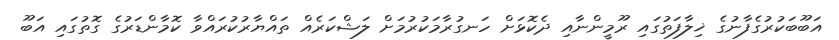
އަބޫބަކުރުގެފާނުގެ ޚިލާފަތުގައި ރޫމީންނާއި ދެކޮޅަށް ހަނގުރާމަކުރުމަށް ލަޝްކަރެއް ތައްޔާރުކުރައްވާ ކޮމާންޑަރުގެ ގޮތުގައި އަބޫ